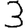
Digit: 3